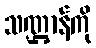
သဏ္ဌာန်ကို